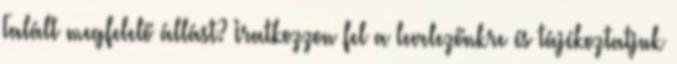
Talált megfelelő állást? Iratkozzon fel a levelezőnkre és tájékoztatjuk